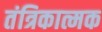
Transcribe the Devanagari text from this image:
तंत्रिकात्मक